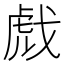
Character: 𫻺